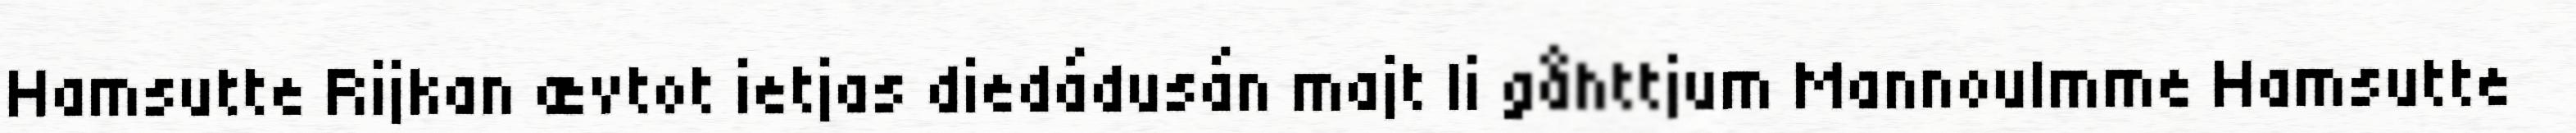
Hamsutte Rijkan ævtot ietjas diedádusán majt li gåhttjum Mannoulmme Hamsutte